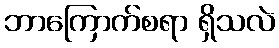
ဘာကြောက်စရာ ရှိသလဲ